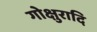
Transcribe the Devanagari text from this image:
गोक्षुरादि